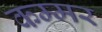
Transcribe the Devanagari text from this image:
कम्मर